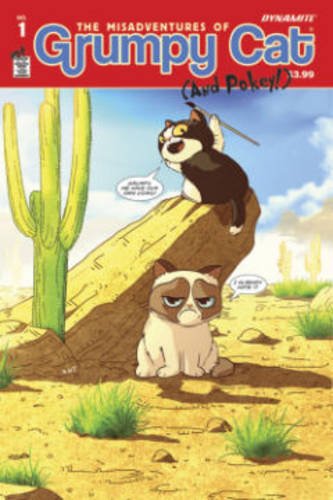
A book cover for Grumpy Cat Volume 1 (Grumpy Cat Hc); Ben McCool; Children's Books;